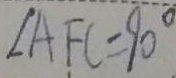
\angle A F C = 9 0 ^ { \circ }